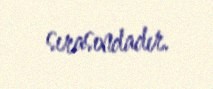
sırasındadır.